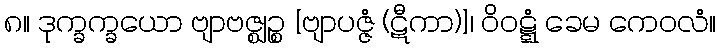
၈။ ဒုက္ခက္ခယော ဗျာဗဇ္ဈဉ္စ [ဗျာပဇ္ဇံ (ဋီကာ)]၊ ဝိဝဋ္ဋံ ခေမ ကေဝလံ။